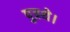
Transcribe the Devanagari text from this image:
पुत्रथे।